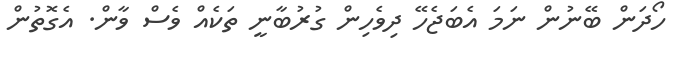
ހޯދަން ބޭނުން ނަމަ އެބަޖެހޭ ދިވެހިން ގުރުބާނީ ތަކެއް ވެސް ވާން. އެގޮތުން